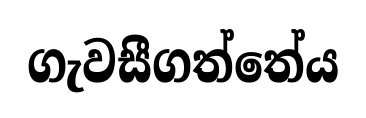
ගැවසීගත්තේය